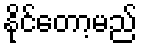
နိုင်တော့မည်